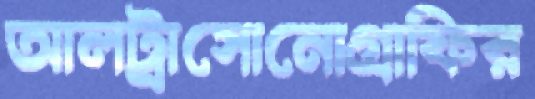
আলট্রাসোনোগ্রাফির